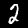
Label: 2